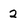
Character: 2